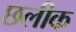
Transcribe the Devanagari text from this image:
छलीक